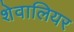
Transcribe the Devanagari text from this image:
शेवालियर